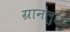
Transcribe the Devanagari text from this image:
ग्रानलुंड